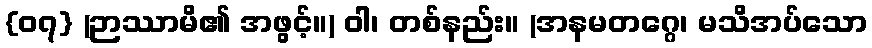
{၀၇} (ဉာဿာမိ၏ အဖွင့်။) ဝါ၊ တစ်နည်း။ (အနမတဂ္ဂေ၊ မသိအပ်သော